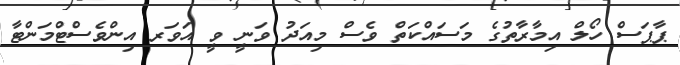
ޕާޕަސް ހޯލް އިމާރާތުގެ މަސައްކަތް ވެސް މިއަދު ވަނީ ވީ އަވަރ އިންވެސްޓްމަންޓާ